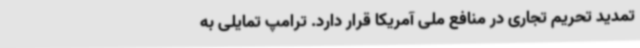
تمدید تحریم تجاری در منافع ملی آمریکا قرار دارد. ترامپ تمایلی به